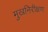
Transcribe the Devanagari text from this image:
मुखनिरीक्षण